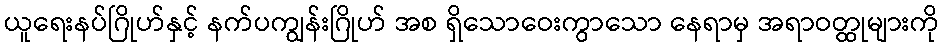
ယူရေးနပ်ဂြိုဟ်နှင့် နက်ပကျွန်းဂြိုဟ် အစ ရှိသောဝေးကွာသော နေရာမှ အရာဝတ္ထုများကို